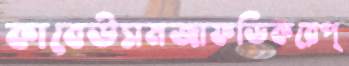
কাবেউসমজাফডিকরেপ্